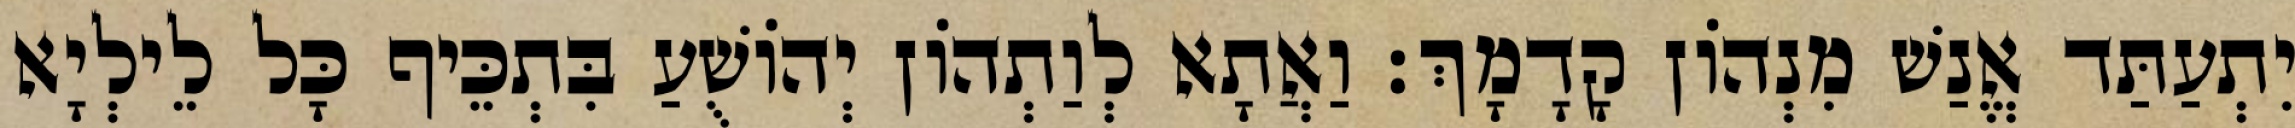
יִתְעַתַּד אֱנַשׁ מִנְהוֹן קָדָמָךְ׃ וַאֲתָא לְוַתְהוֹן יְהוֹשֻׁעַ בִּתְכֵּיף כָּל לֵילְיָא